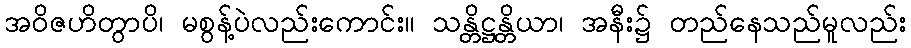
အဝိဇဟိတွာပိ၊ မစွန့်ပဲလည်းကောင်း။ သန္တိဋ္ဌန္တိယာ၊ အနီး၌ တည်နေသည်မူလည်း